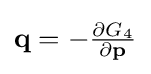
{\textstyle \mathbf {q} =-{\frac {\partial G_{4}}{\partial \mathbf {p} }}}